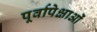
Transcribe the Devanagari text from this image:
पूर्वापेक्षाओं